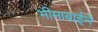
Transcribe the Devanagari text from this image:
भीमाबाईने